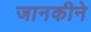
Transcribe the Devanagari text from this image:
जानकीने